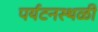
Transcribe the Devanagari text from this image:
पर्यटनस्थळी